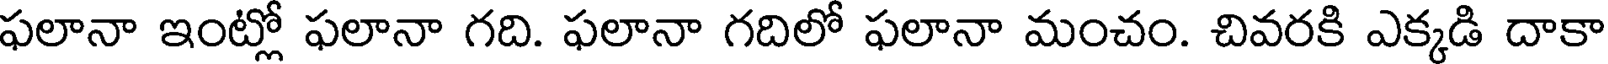
ఫలానా ఇంట్లో ఫలానా గది. ఫలానా గదిలో ఫలానా మంచం. చివరకి ఎక్కడి దాకా